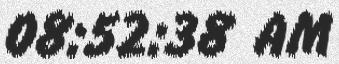
08:52:38 AM